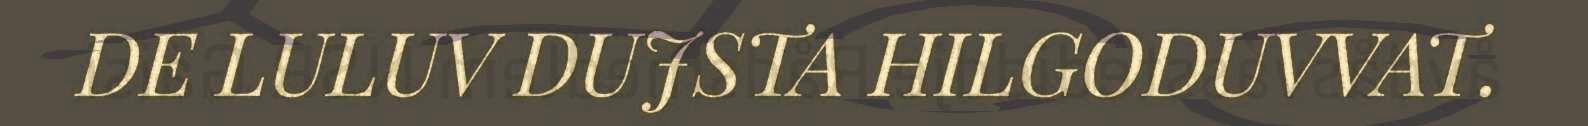
DE LULUV DUJSTA HILGODUVVAT.